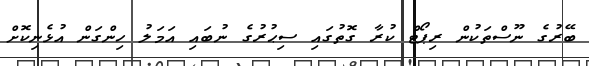
ބޭރުގެ ނޫސްތަކުން ރިޕޯޓް ކުރާ ގޮތުގައި ސިޙުރުގެ ނުބައި އަމަލު ހިންގަން އުޅެނިކޮށް